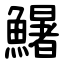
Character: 鱪